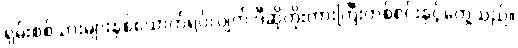
ရှမ်းစစ်သားများနှစ်ယောက်ရပ်လျက် ဒီဆိုတိုးကားကြီးတစ်စင်းနှင့်တွေ့သည်။